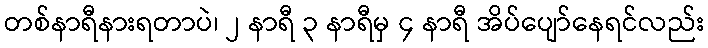
တစ်နာရီနားရတာပဲ၊ ၂ နာရီ ၃ နာရီမှ ၄ နာရီ အိပ်ပျော်နေရင်လည်း